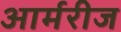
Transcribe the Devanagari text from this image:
आर्मरीज